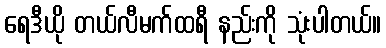
ရေဒီယို တယ်လီမက်ထရီ နည်းကို သုံးပါတယ်။